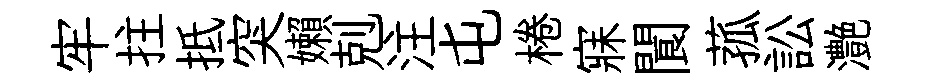
牢拄抵突嬾剋注屯棬寐閬菰訟灔